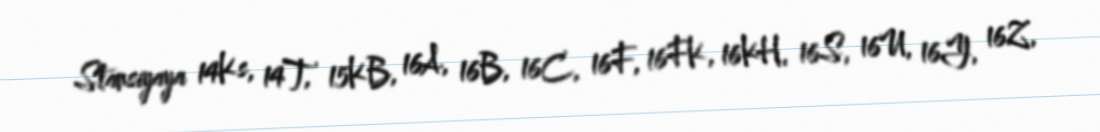
Stansiyaya 14Ks, 14T, 15KB, 16A, 16B, 16C, 16F, 16FK, 16KH, 16S, 16U, 16Y, 16Z,